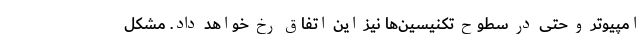
امپیوتر و حتی در سطوح تکنیسین‌ها نیز این اتفاق رخ خواهد داد. مشکل